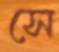
সে